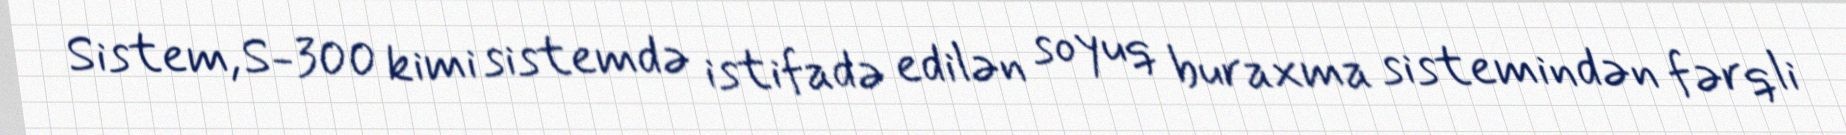
Sistem, S-300 kimi sistemdə istifadə edilən soyuq buraxma sistemindən fərqli